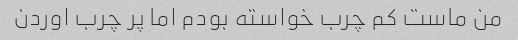
من ماست کم چرب خواسته بودم اما پر چرب اوردن